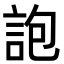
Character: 䛌